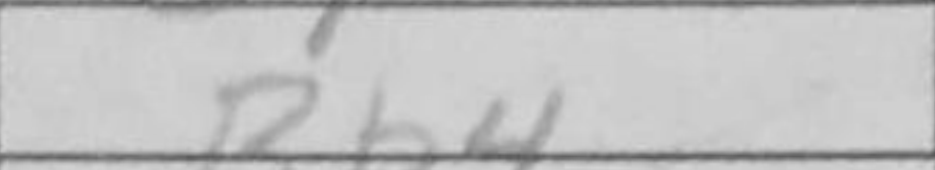
Transcription: Bb4